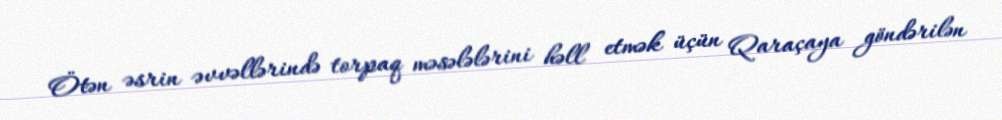
Ötən əsrin əvvəllərində torpaq məsələlərini həll etmək üçün Qaraçaya göndərilən